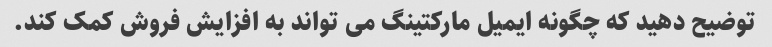
توضیح دهید که چگونه ایمیل مارکتینگ می تواند به افزایش فروش کمک کند.